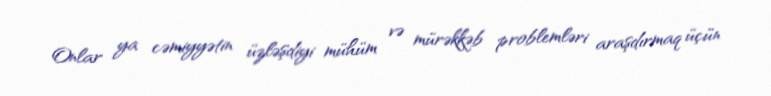
Onlar ya cəmiyyətin üzləşdiyi mühüm və mürəkkəb problemləri araşdırmaq üçün